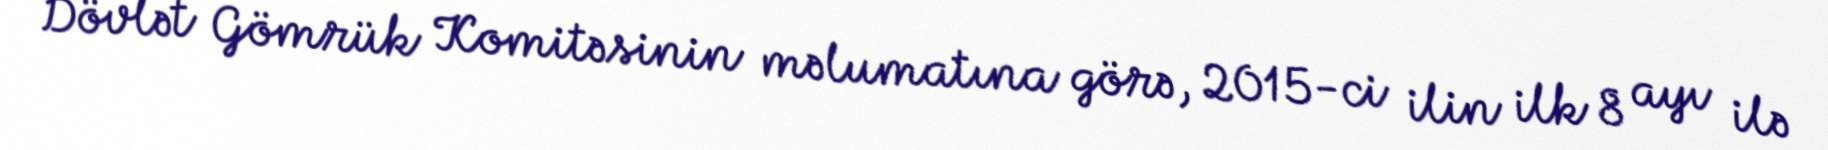
Dövlət Gömrük Komitəsinin məlumatına görə, 2015-ci ilin ilk 8 ayı ilə